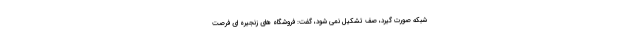
شبکه صورت گیرد، صف تشکیل نمی شود، گفت: فروشگاه های زنجیره ای فرصت